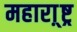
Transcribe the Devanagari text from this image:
महारा़्ष्ट्र